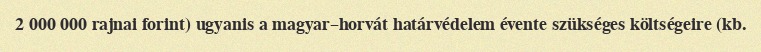
2 000 000 rajnai forint) ugyanis a magyar–horvát határvédelem évente szükséges költségeire (kb.